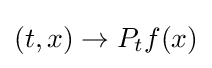
(t,x)\rightarrow P_{t}f(x)